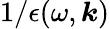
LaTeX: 1/\epsilon(\omega,\boldsymbol{k})